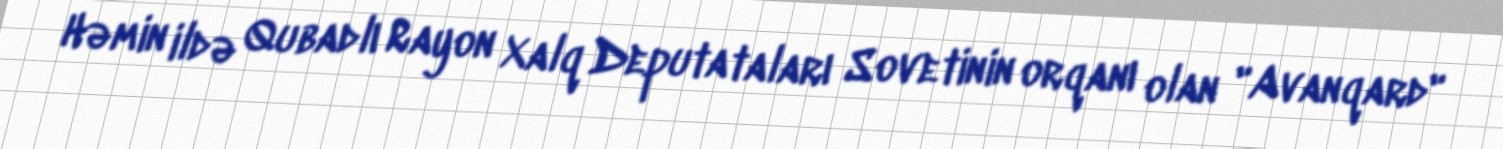
Həmin ildə Qubadlı Rayon Xalq Deputataları Sovetinin orqanı olan "Avanqard"